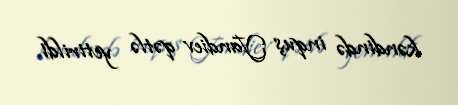
kəndində inquş Yandiev qətlə yetirildi.